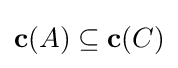
\mathbf {c} (A)\subseteq \mathbf {c} (C)